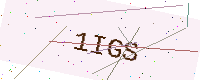
Text: 1IGS